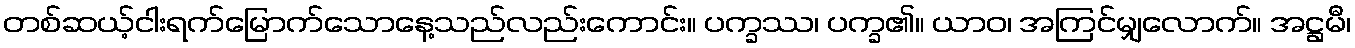
တစ်ဆယ့်ငါးရက်မြောက်သောနေ့သည်လည်းကောင်း။ ပက္ခဿ၊ ပက္ခ၏။ ယာဝ၊ အကြင်မျှလောက်။ အဋ္ဌမီ၊